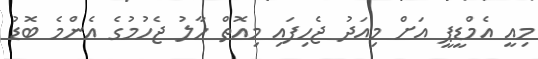
މިއީ އެމްޑީޕީ އަށް މިއަދު ޖެހިފައި މިއޮތް ހާލު ޖެހުމުގެ އެންމެ ބޮޑު